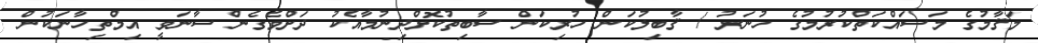
މަޤާމުގެ މަސައްކަތްކުރުމުގެ ހުނަރު / ޤާބިލުކަން ހުރިކަން ސާބިތުކޮށްދިނުމާއެކު ދަށްވެގެން ސާނަވީ އިމްތިހާނަކުން